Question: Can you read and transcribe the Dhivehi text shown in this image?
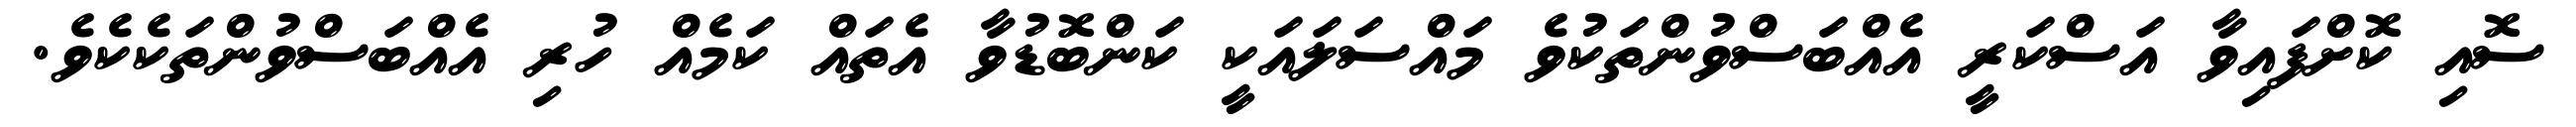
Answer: ސޮއި ކޮށްފައިވާ އަސްކަރީ އެއްބަސްވުންތަކުވެ މައްސަލައަކީ ކަންބޮޑުވާ އެތައް ކަމެއް ހުރި އެއްބަސްވުންތަކެކެވެ.